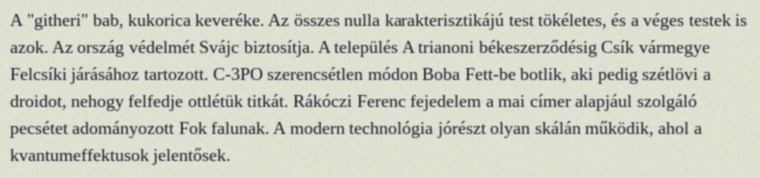
A "githeri" bab, kukorica keveréke. Az összes nulla karakterisztikájú test tökéletes, és a véges testek is azok. Az ország védelmét Svájc biztosítja. A település A trianoni békeszerződésig Csík vármegye Felcsíki járásához tartozott. C-3PO szerencsétlen módon Boba Fett-be botlik, aki pedig szétlövi a droidot, nehogy felfedje ottlétük titkát. Rákóczi Ferenc fejedelem a mai címer alapjául szolgáló pecsétet adományozott Fok falunak. A modern technológia jórészt olyan skálán működik, ahol a kvantumeffektusok jelentősek.